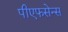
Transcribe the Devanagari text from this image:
पीएफसेन्स